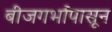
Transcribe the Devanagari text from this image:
बीजगर्भापासून